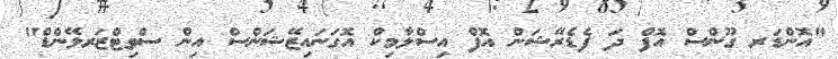
"އޮންޑަރ ގޫންސް އޮފް ދަ ފެޑެރޭޝަން އޮފް އިސްލާމިކް އޮގަނައިޒޭޝަންސް އިން ސްވިޓްޒަރލޭންޑް"